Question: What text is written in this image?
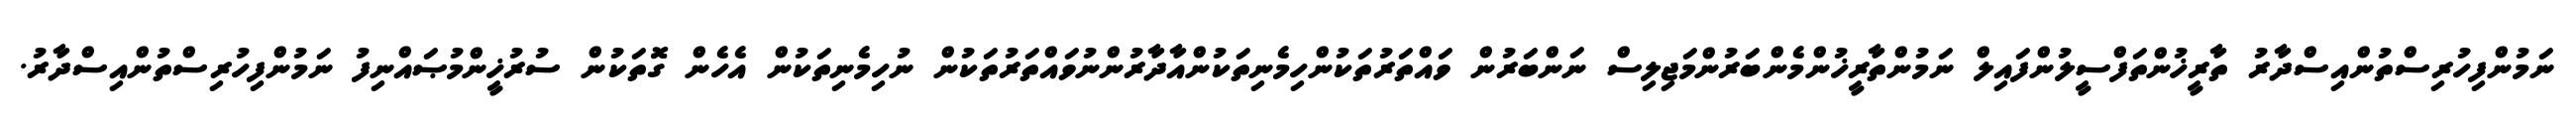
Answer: ނަމުންފިހުރިސްތުންއިސްދާރު ތާރީޚުންތަފްސީލުންފައިލް ނަމުންތާރީޚުންމެންބަރުންމަޖިލިސް ނަންބަރުން ވައްތަރުތަކުންހިމެނިތަކުންއާދާރުންނުވައްތަރުތަކުން ނުހިމެނިތަކުން އެހެން ގޮތަކުން ސުރުޚީންމުޞައްނިފު ނަމުންފިހުރިސްތުންއިސްދާރު.